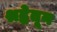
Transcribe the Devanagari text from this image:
श्रद्धेतून